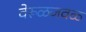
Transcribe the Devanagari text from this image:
वेरूळजवळ